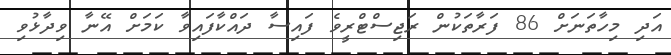
އަދި މިހާތަނަށް 86 ފަރާތަކުން ރަޖިސްޓްރީވެ ފައިސާ ދައްކާފައިވާ ކަމަށް އޭނާ ވިދާޅުވި